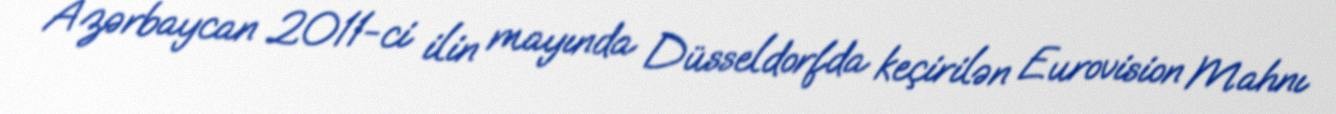
Azərbaycan 2011-ci ilin mayında Düsseldorfda keçirilən Eurovision Mahnı